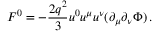
F ^ { 0 } = - \frac { 2 q ^ { 2 } } 3 u ^ { 0 } u ^ { \mu } u ^ { \nu } ( \partial _ { \mu } \partial _ { \nu } \Phi ) \, .